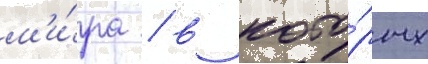
м'и́ра / в кото́рых